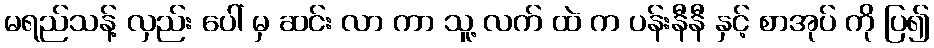
မရည်သန့် လှည်း ပေါ် မှ ဆင်း လာ ကာ သူ့ လက် ထဲ က ပန်းနီနီ နှင့် စာအုပ် ကို ပြ၍